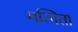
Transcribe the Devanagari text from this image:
मत्पिता